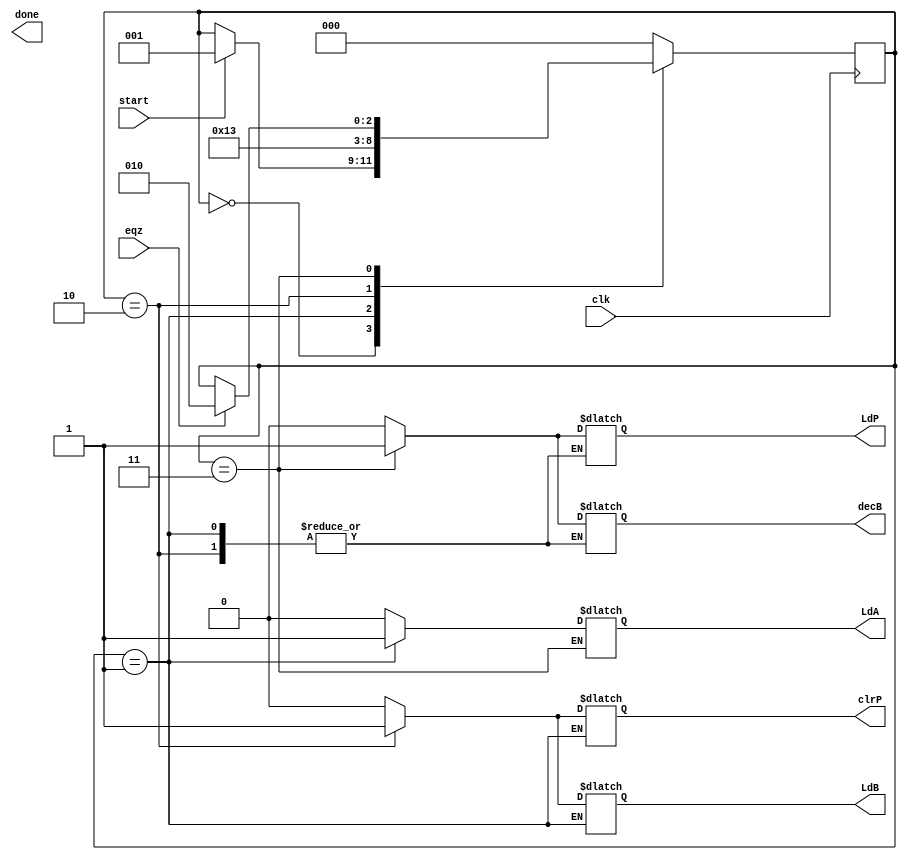
// MUL - Control Path
//----------------------------------
// Type : module
// Contact : mathewtg.mec@gmail.com
//------------------
//------------------
// Notes :- Controlpath of Multiplier
//

module mul_controlpath (LdA,LdB,LdP,clrP,decB,done,clk,eqz,start);
	input eqz,clk,start;
	output reg LdA,LdB,LdP,clrP,decB,done;

	reg [2:0] state;
	parameter S0 = 3'b000, S1 = 3'b001, S2 = 3'b010, S3 = 3'b011, S4 = 3'b10; 

	always @ (posedge clk)
	begin
		case (state)
			S0 : if (start) state <= S1;
			S1 : state <= S2;
			S2 : state <= S3;
			S3 : #2 if (eqz) state <= S4;
			S4 : state <= S4;
			default : state <= S0;
		endcase
	end

	always @ (state)
	begin
		case (state)
			S0 : begin 
				#1 LdA = 0; LdB = 0; LdP = 0; clrP = 0; decB = 0;
			     end
			S1 : begin 
				#1 LdA = 1;
			     end
			S2 : begin 
				#1 LdA = 0; LdB = 1; clrP = 1;
			     end
			S3 : begin 
				#1 LdB = 0; LdP = 1; clrP = 0; decB = 1;
			     end
			S4 : begin 
				#1 done = 1; LdP = 0; decB = 0;
			     end			

			default : begin 
				#1 LdA = 0; LdB = 0; LdP = 0; clrP = 0; decB = 0;
			     	  end
		endcase
	end
endmodule